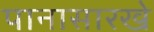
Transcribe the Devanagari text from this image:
पानासारखे